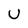
Character: U